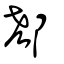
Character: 郄